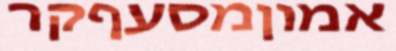
אמוןמסעףקר